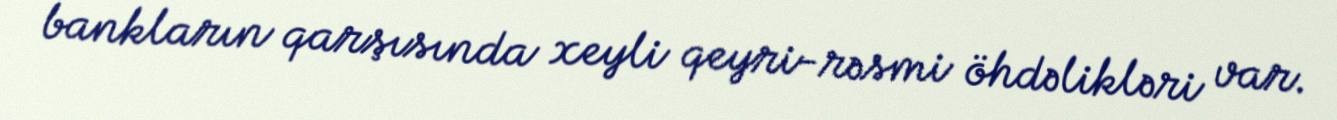
bankların qarşısında xeyli qeyri-rəsmi öhdəlikləri var.